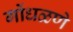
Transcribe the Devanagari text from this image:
गोंधळणे